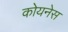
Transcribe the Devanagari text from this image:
कोयनेस